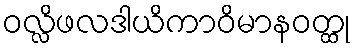
ဝလ္လိဖလဒါယိကာဝိမာနဝတ္ထု